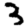
Digit: 3